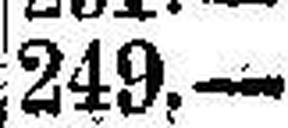
249.—